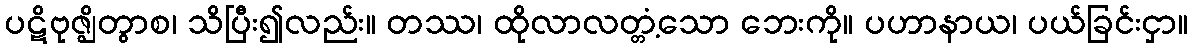
ပဋိဗုဇ္ဈိတွာစ၊ သိပြီး၍လည်း။ တဿ၊ ထိုလာလတ္တံ့သော ဘေးကို။ ပဟာနာယ၊ ပယ်ခြင်းငှာ။